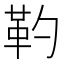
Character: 靮